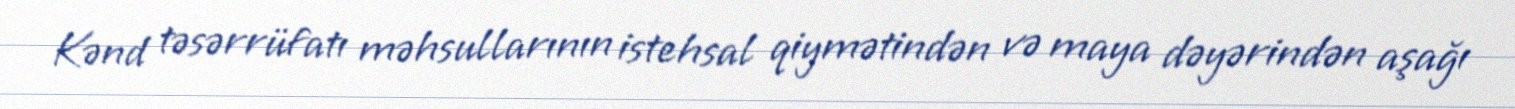
Kənd təsərrüfatı məhsullarının istehsal qiymətindən və maya dəyərindən aşağı